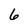
Character: 6